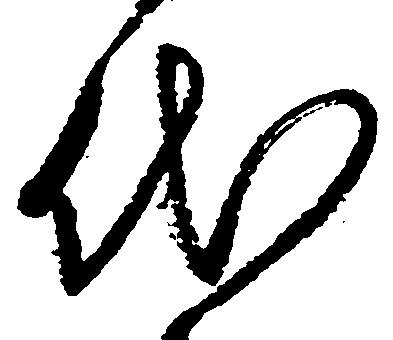
代